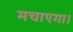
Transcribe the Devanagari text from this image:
मचाएगा।